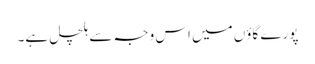
پورے گاؤں میں اس وجہ سے ہلچل ہے۔